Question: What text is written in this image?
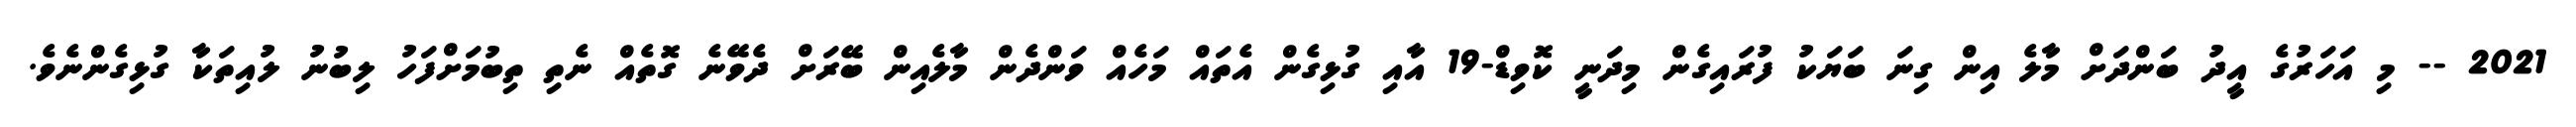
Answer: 2021 -- މި އަހަރުގެ އީދު ބަންދަށް މާލެ އިން ގިނަ ބަޔަކު ފުރައިގެން މިދަނީ ކޮވިޑް-19 އާއި ގުޅިގެން އެތައް މަހެއް ވަންދެން މާލެއިން ބޭރަށް ދެވޭނެ ގޮތެއް ނެތި ތިބުމަށްފަހު ލިބުނު ލުއިތަކާ ގުޅިގެންނެވެ.